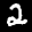
Label: 2